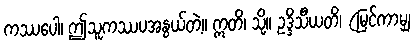
ကဿပေါ၊ ဤသူကဿပအနွယ်တဲ့။ ဣတိ၊ သို့။ ဥဒ္ဒိသီယတိ၊ (မြင်ကာမျှ